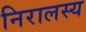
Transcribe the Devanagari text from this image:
निरालस्य